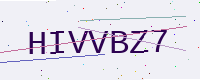
Text: HIVVBZ7